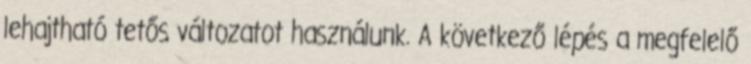
lehajtható tetős változatot használunk. A következő lépés a megfelelő